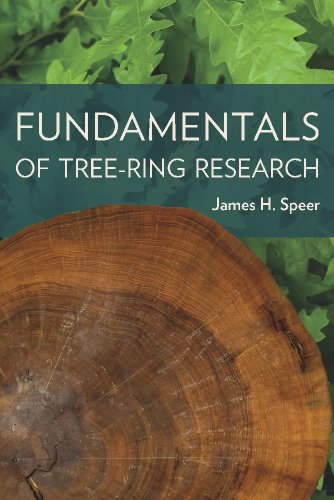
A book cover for Fundamentals of Tree Ring Research; James H. Speer; Science & Math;